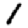
Digit: 1